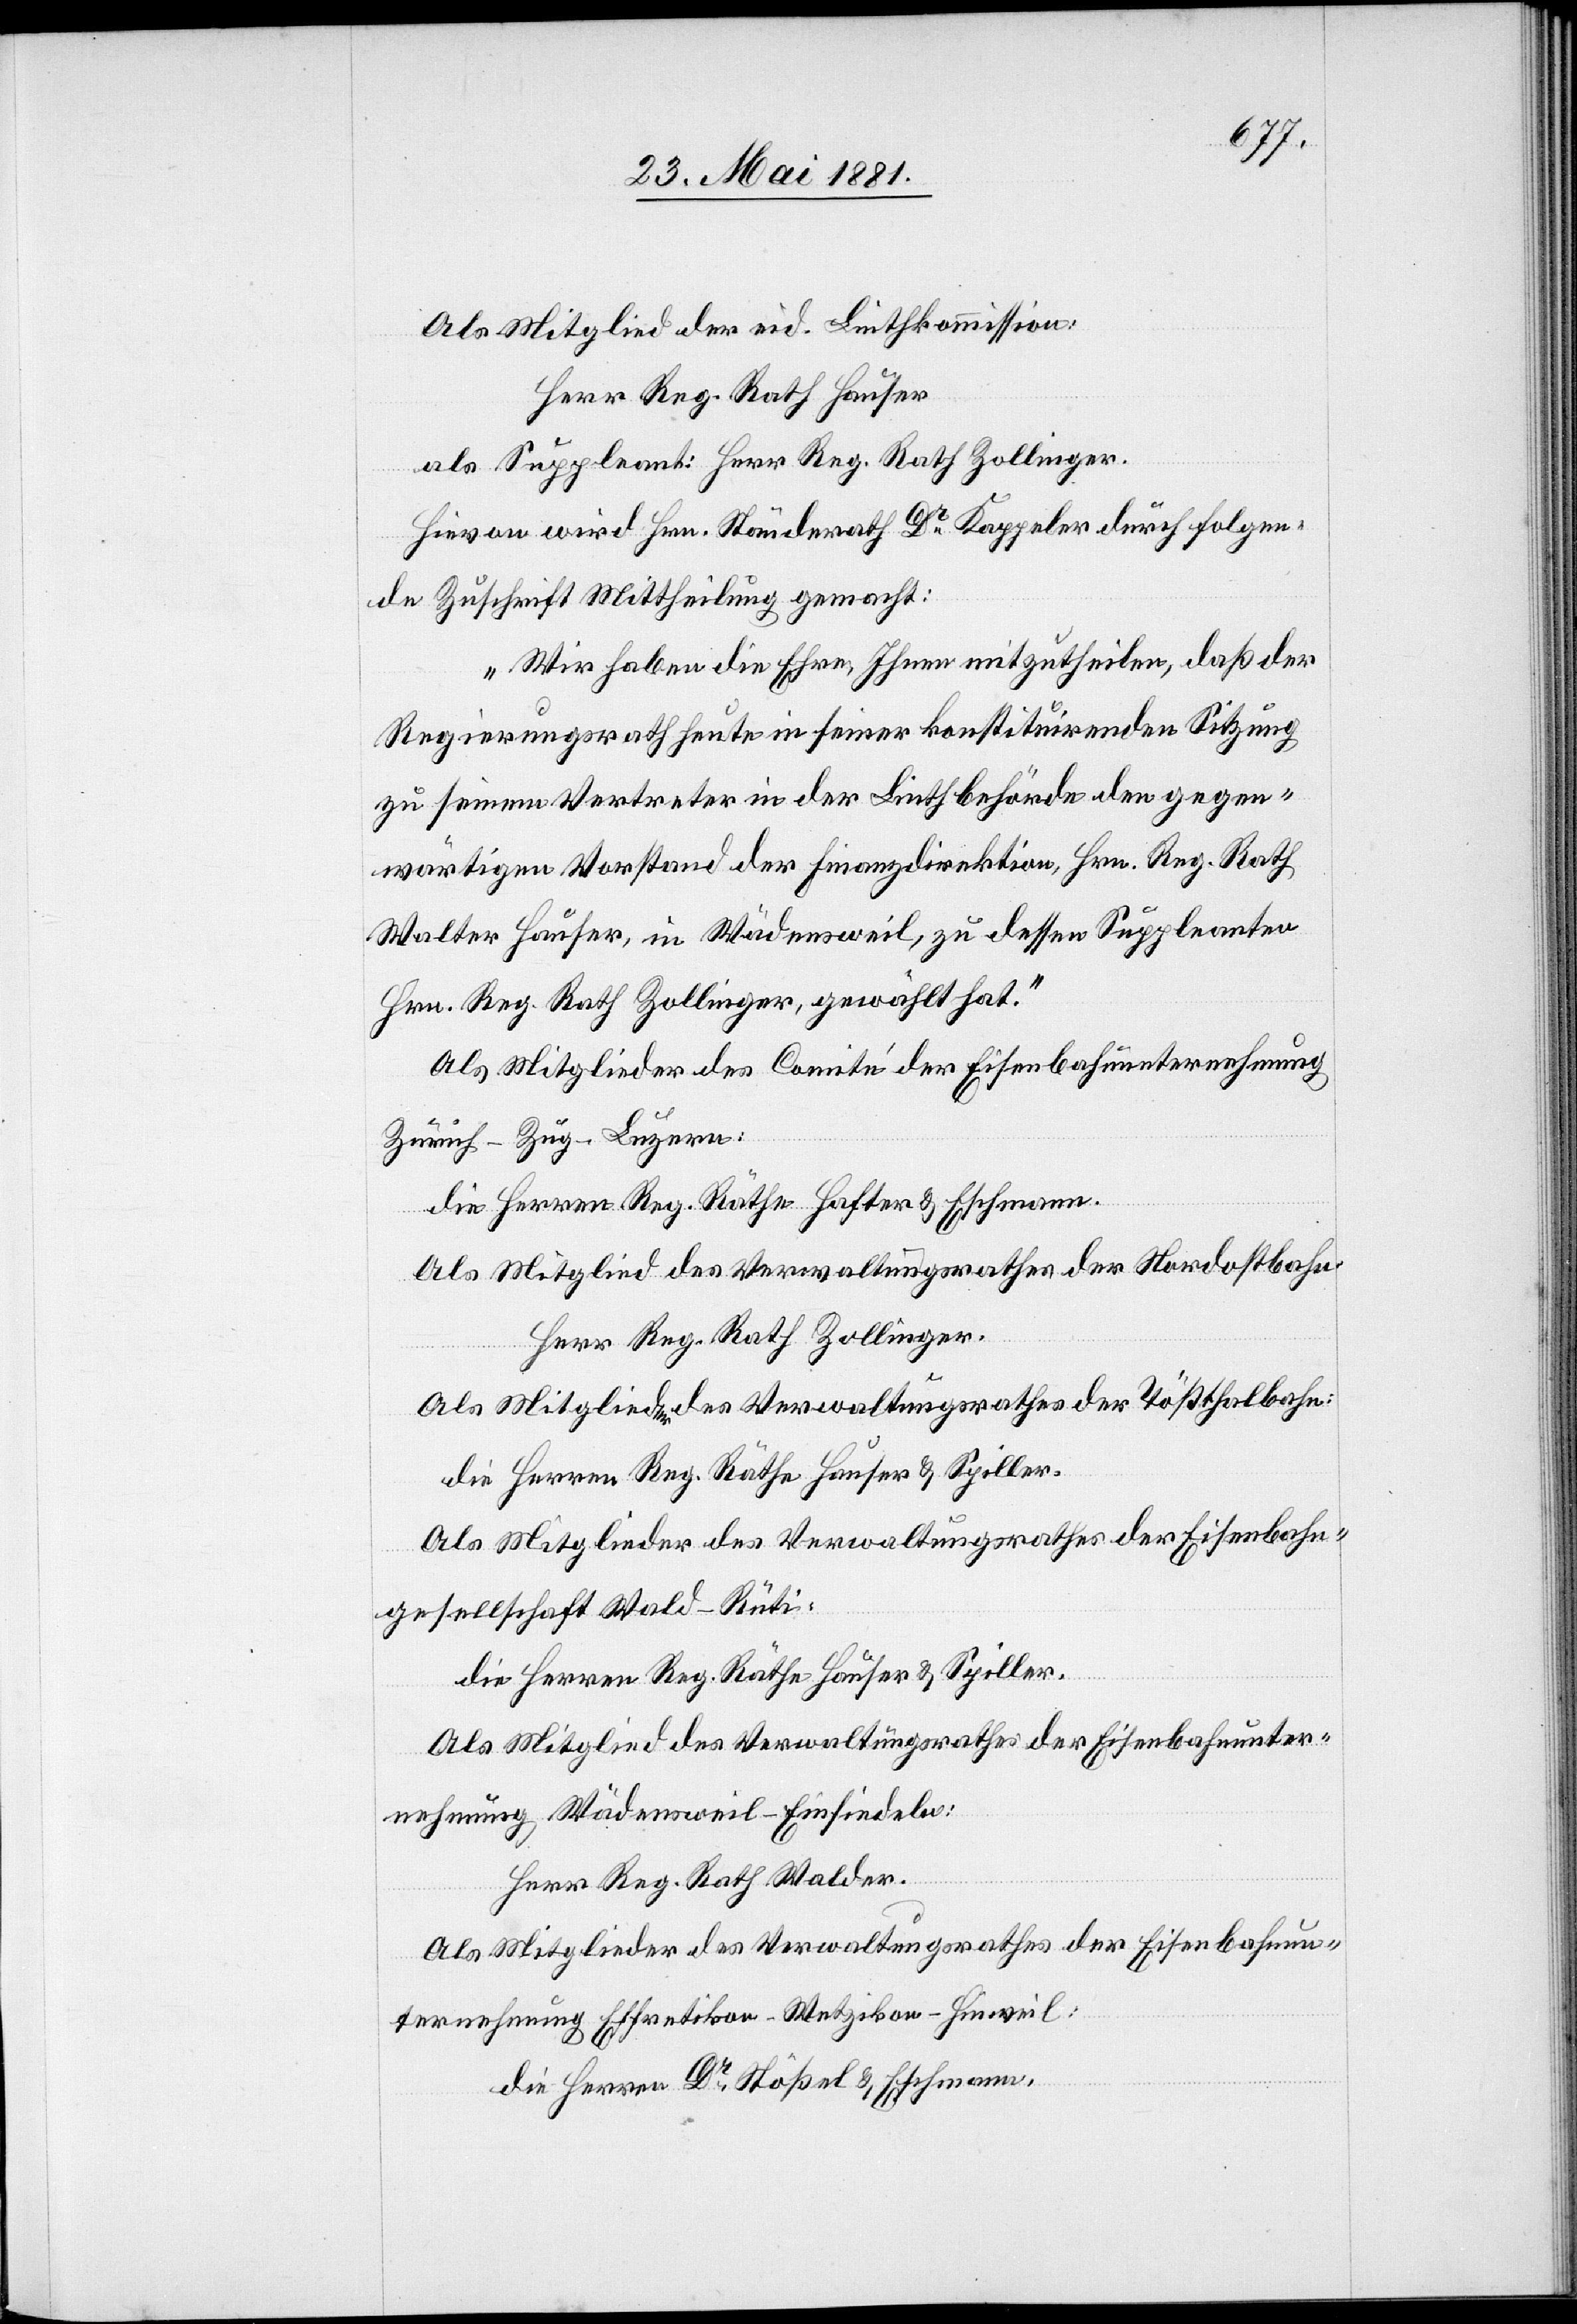
Als Mitglied der eid. Linthkommission:
Herr Reg. Rath Hauser
als Suppleant: Herr Reg. Rath Zollinger.
Hievon wird Hrn. Ständerath Dr Kappeler durch folgen¬
de Zuschrift Mittheilung gemacht:
„Wir haben die Ehre, Ihnen mitzutheilen, daß der
Regierungsrath heute in seiner konstituirenden Sitzung
zu seinem Vertreter in der Linthbehörde den gegen¬
wärtigen Vorstand der Finanzdirektion, Hrn. Reg. Rath
Walter Hauser, in Wädensweil, zu dessen Suppleanten
Hrn. Reg. Rath Zollinger, gewählt hat.“
Als Mitglieder des Comité der Eisenbahnunternehmung
Zürich–Zug–Luzern:
die Herren Reg. Räthe Hafter & Eschmann.
Als Mitglied des Verwaltungsrathes der Nordostbahn:
Herr Reg. Rath Zollinger.
Als Mitglieder des Verwaltungsrathes der Tößthalbahn:
die Herren Reg. Räthe Hauser & Spiller.
Als Mitglieder des Verwaltungsrathes der Eisenbahn¬
gesellschaft Wald–Rüti:
die Herren Reg. Räthe Hauser & Spiller.
Als Mitglied des Verwaltungsrathes der Eisenbahnunter¬
nehmung Wädensweil–Einsiedeln:
Herr Reg. Rath Walder.
Als Mitglieder des Verwaltungsrathes der Eisenbahnun¬
ternehmung Effretikon–Wetzikon–Hinweil:
die Herren Dr Stößel & Eschmann.